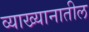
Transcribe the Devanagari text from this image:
व्याख्यानातील